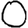
Digit: 0